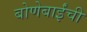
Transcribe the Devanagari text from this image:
बोणेबाईंची